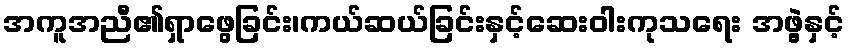
အကူအညီ၏ရှာဖွေခြင်း၊ကယ်ဆယ်ခြင်းနှင့်ဆေးဝါးကုသရေး အဖွဲ့နှင့်